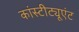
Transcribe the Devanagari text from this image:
कांस्टीट्यूएंट